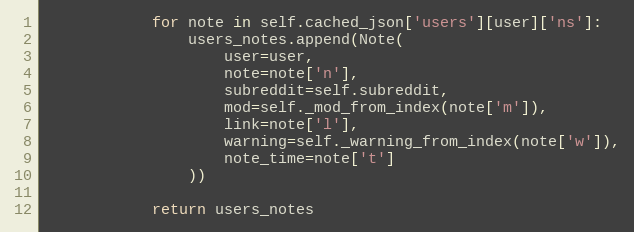
Language: Python
            for note in self.cached_json['users'][user]['ns']:
                users_notes.append(Note(
                    user=user,
                    note=note['n'],
                    subreddit=self.subreddit,
                    mod=self._mod_from_index(note['m']),
                    link=note['l'],
                    warning=self._warning_from_index(note['w']),
                    note_time=note['t']
                ))

            return users_notes